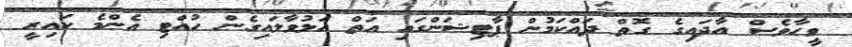
ވީހާވެސް އާދައިގެ ގޮތް ދައްކަމުން ޕާޓިޝަންގައި އަތް އަޅުވާލައިގެން ހުއްޓި އެންމެ ކައިރީ